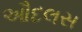
ઔદલસ